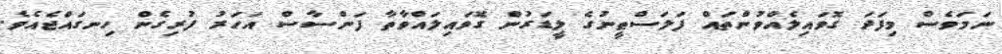
ނަމަވެސް މިފަދަ ގޮވައިލެއްވުންތައް ފަލަސްޠީނުގެ ލީޑަރުން ގޮވައިލައްވާތާ ފަންސާސް އަހަރު ފުރިގެން ހިނގައްޖެއެވެ.